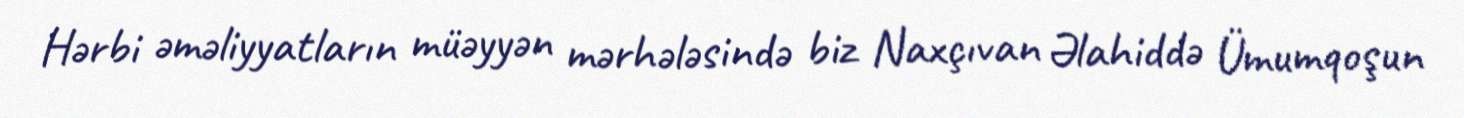
Hərbi əməliyyatların müəyyən mərhələsində biz Naxçıvan Əlahiddə Ümumqoşun